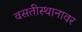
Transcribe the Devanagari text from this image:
वसतीस्थानावर